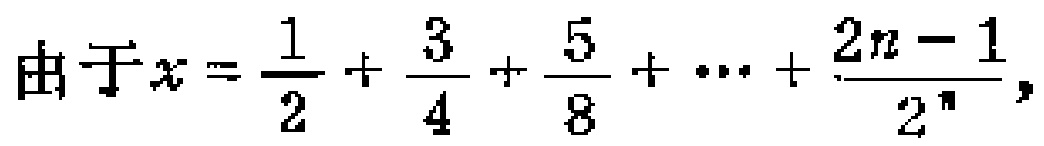
由于\(x = \frac{1}{2} + \frac{3}{4} + \frac{5}{8} + \cdots + \frac{2n - 1}{2^{n}}\)，